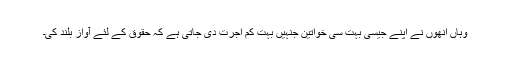
وہاں انھوں نے اپنے جیسی بہت سی خواتین جنہیں بہت کم اجرت دی جاتی ہے کہ حقوق کے لئے آواز بلند کی۔